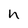
Character: h